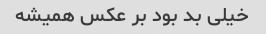
خیلی بد بود بر عکس همیشه